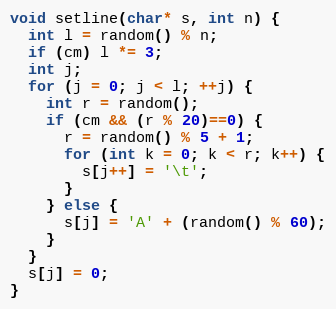
Language: C++
void setline(char* s, int n) {
  int l = random() % n;
  if (cm) l *= 3;
  int j;
  for (j = 0; j < l; ++j) {
    int r = random();
    if (cm && (r % 20)==0) {
      r = random() % 5 + 1;
      for (int k = 0; k < r; k++) {
        s[j++] = '\t';
      }
    } else {
      s[j] = 'A' + (random() % 60);
    }
  }
  s[j] = 0;
}